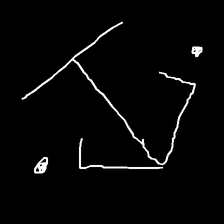
Glyph: earth